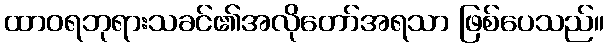
ထာဝရဘုရားသခင်၏အလိုတော်အရသာ ဖြစ်ပေသည်။